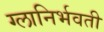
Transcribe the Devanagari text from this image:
ग्लानिर्भवती